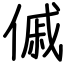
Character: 傶